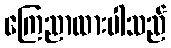
ကြေညာထားပါသည်